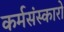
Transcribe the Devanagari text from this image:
कर्मसंस्कारों